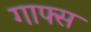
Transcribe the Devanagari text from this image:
गाफ्स